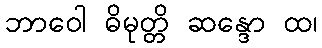
ဘာဝေါ ဓိမုတ္တိ ဆန္ဒော ထ၊